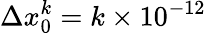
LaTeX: \Delta x_{0}^{k}=k\times 10^{-12}